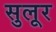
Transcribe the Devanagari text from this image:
सुलूर